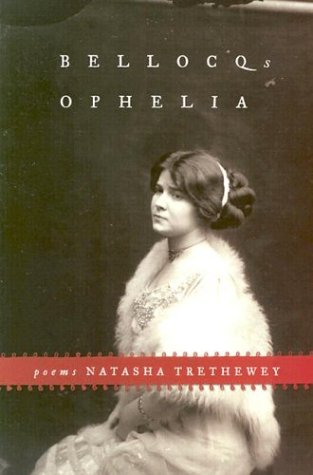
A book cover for Bellocq's Ophelia: Poems; Natasha Trethewey; Literature & Fiction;